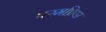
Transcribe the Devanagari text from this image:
परमप्रिया